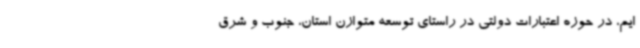
ایم، در حوزه اعتبارات دولتی در راستای توسعه متوازن استان، جنوب و شرق